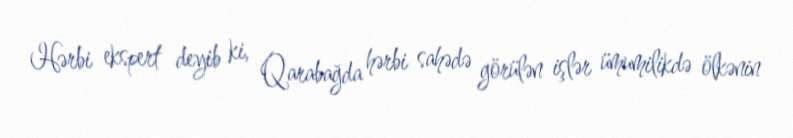
Hərbi ekspert deyib ki, Qarabağda hərbi sahədə görülən işlər ümumilikdə ölkənin